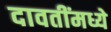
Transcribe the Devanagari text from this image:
दावतींमध्ये